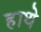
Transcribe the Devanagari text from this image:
हाथे